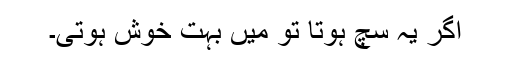
اگر یہ سچ ہوتا تو میں بہت خوش ہوتی۔